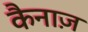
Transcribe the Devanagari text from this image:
कैनाज़